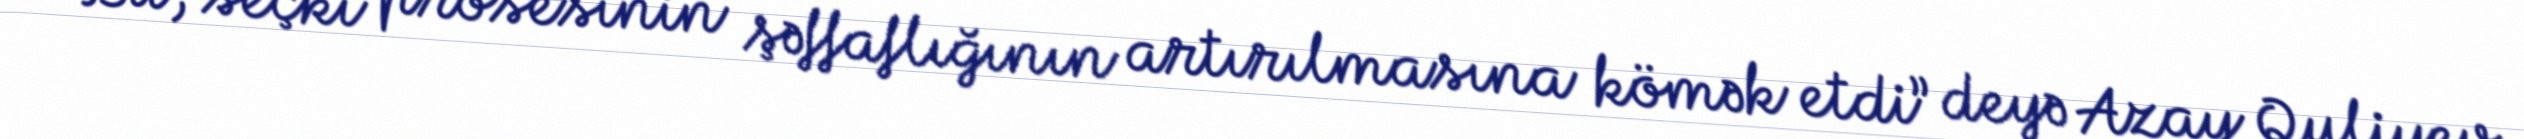
Bu, seçki prosesinin şəffaflığının artırılmasına kömək etdi” deyə Azay Quliyev